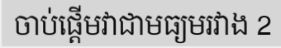
ចាប់ផ្តើមវាជាមធ្យមរវាង 2